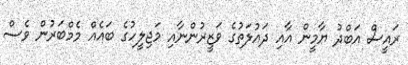
ރައީސް އަބްދު ޔާމީން އާއި ދައުލަތުގެ ވަޒީރުންނާއި މަޖިލީހުގެ ބައެއް މެމްބަރުން ވެސް